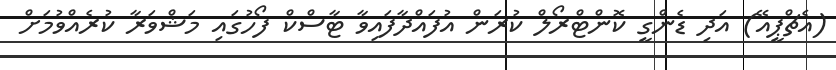
(އެޗްޕީއޭ) އަދި ޑެންގީ ކޮންޓްރޯލް ކުރަން އުފައްދާފައިވާ ޓާސްކް ފޯހުގައި މަޝްވަރާ ކުރެއްވުމަށް